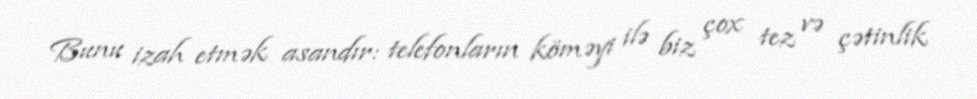
Bunu izah etmək asandır: telefonların köməyi ilə biz çox tez və çətinlik